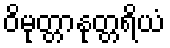
ဝိမုတ္တာနုတ္တရိယံ